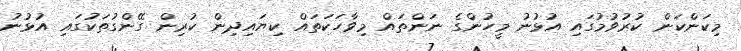
މިކަންކަން ކުރުވުމުގައި އުޅުނު މީހުންގެ ނަންތައް މިވާހަކަތައް ކިޔައިދިން ކުރިން ގޭންގުތަކުގައި އުޅުނު